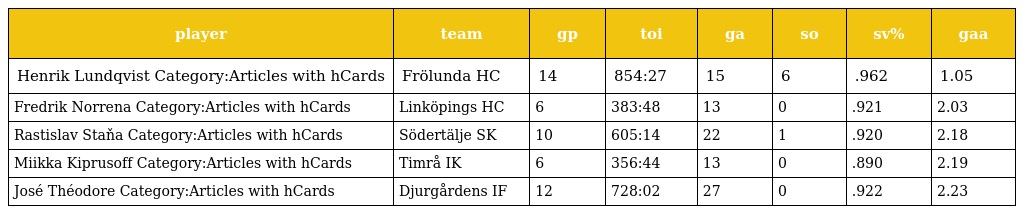
| player | team | gp | toi | ga | so | sv% | gaa |
 | --- | --- | --- | --- | --- | --- | --- | --- |
 | Henrik Lundqvist Category:Articles with hCards | Frölunda HC | 14 | 854:27 | 15 | 6 | .962 | 1.05 |
 | Fredrik Norrena Category:Articles with hCards | Linköpings HC | 6 | 383:48 | 13 | 0 | .921 | 2.03 |
 | Rastislav Staňa Category:Articles with hCards | Södertälje SK | 10 | 605:14 | 22 | 1 | .920 | 2.18 |
 | Miikka Kiprusoff Category:Articles with hCards | Timrå IK | 6 | 356:44 | 13 | 0 | .890 | 2.19 |
 | José Théodore Category:Articles with hCards | Djurgårdens IF | 12 | 728:02 | 27 | 0 | .922 | 2.23 |